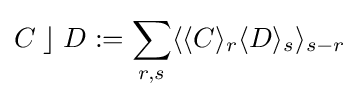
C\;\rfloor \;D:=\sum _{r,s}\langle \langle C\rangle _{r}\langle D\rangle _{s}\rangle _{s-r}